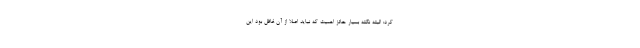
کرد: البته نکته بسیار حائز اهمیت که نباید اصلا از آن غافل بود این